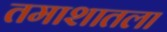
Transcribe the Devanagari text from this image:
तमाशातला